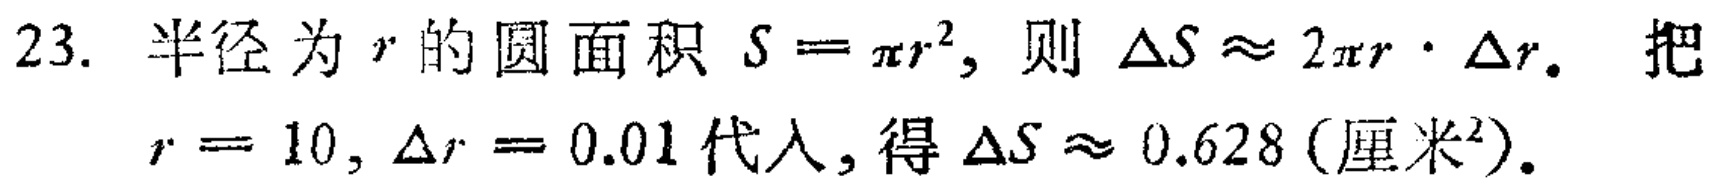
23. 半径为\(r\)的圆面积\(S = \pi r^{2}\)，则\(\Delta S\approx 2\pi r\cdot\Delta r\)。把\(r = 10,\Delta r = 0.01\)代入，得\(\Delta S\approx 0.628\) (厘米\(^{2}\))。